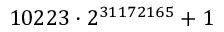
1 0 2 2 3 \cdot 2 ^ { 3 1 1 7 2 1 6 5 } + 1